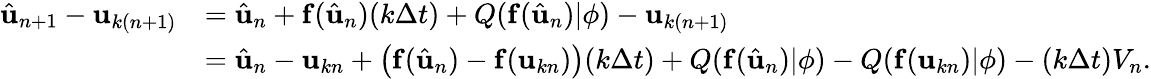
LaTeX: \begin{array}{rl}{\hat{\mathbf{u}}_{n+1}-\mathbf{u}_{k(n+1)}}&{=\hat{\mathbf{u}}_{n}+\mathbf{f}(\hat{\mathbf{u}}_{n})(k\Delta t)+Q(\mathbf{f}(\hat{\mathbf{u}}_{n})|\phi)-\mathbf{u}_{k(n+1)}}\\ &{=\hat{\mathbf{u}}_{n}-\mathbf{u}_{kn}+\big(\mathbf{f}(\hat{\mathbf{u}}_{n})-\mathbf{f}(\mathbf{u}_{kn})\big)(k\Delta t)+Q(\mathbf{f}(\hat{\mathbf{u}}_{n})|\phi)-Q(\mathbf{f}(\mathbf{u}_{kn})|\phi)-(k\Delta t)V_{n}.}\end{array}